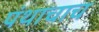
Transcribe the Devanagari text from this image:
पंथाचाच